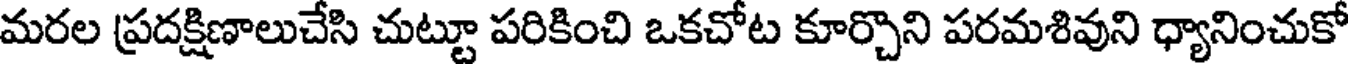
మరల ప్రదక్షిణాలుచేసి చుట్టూ పరికించి ఒకచోట కూర్చొని పరమశివుని ధ్యానించుకో